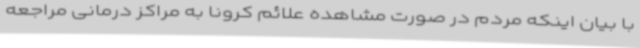
با بیان اینکه مردم در صورت مشاهده علائم کرونا به مراکز درمانی مراجعه